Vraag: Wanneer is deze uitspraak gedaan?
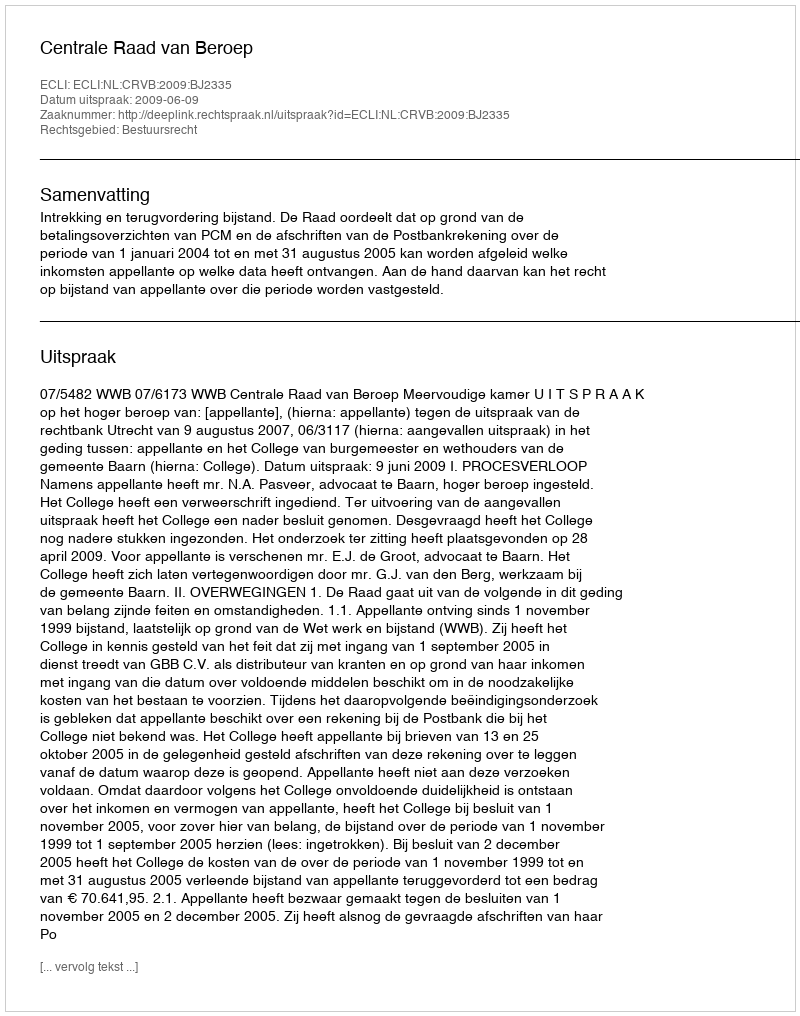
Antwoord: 2009-06-09